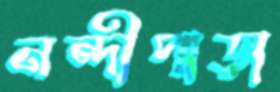
নন্দীপাড়া